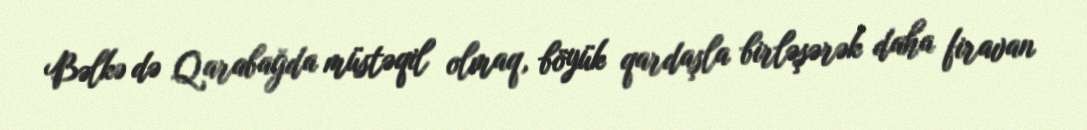
Bəlkə də Qarabağda müstəqil olmaq, böyük qardaşla birləşərək daha firavan